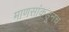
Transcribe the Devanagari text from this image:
माणसांकडूनच